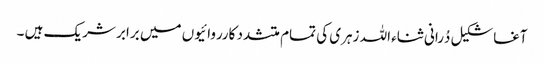
آغاشکیل دُرانی ثناء اللہ زہری کی تمام متشدد کارروائیوں میں برابر شریک ہیں ۔